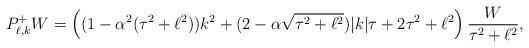
LaTeX: \begin{align*}P_{\ell,k}^+ W =\left( (1 - \alpha^2(\tau^2+\ell^2))k^2 + (2-\alpha\sqrt{\tau^2+\ell^2})|k|\tau + 2\tau^2 + \ell^2 \right) \frac{W}{\tau^2 + \ell^2},\end{align*}